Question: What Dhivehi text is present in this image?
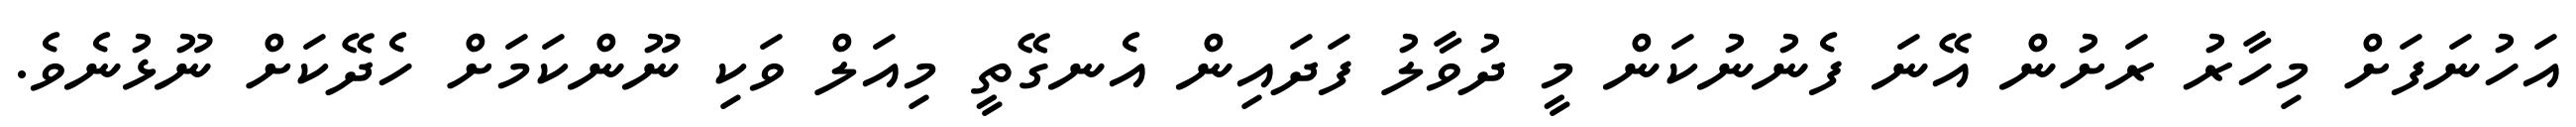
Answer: އަހުނަފަށް މިހާރު ރަށުން އޭނަ ފެނުނުކަން މީ ދުވާލު ފަދައިން އެނގޭތީ މިއަލް ވަކި ނޫންކަމަށް ހެދޭކަށް ނޫޅުނެވެ.